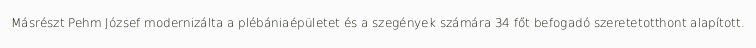
Másrészt Pehm József modernizálta a plébániaépületet és a szegények számára 34 főt befogadó szeretetotthont alapított.